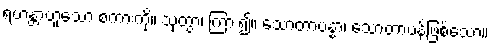
ရဟန္တာဟူသော စကားကို။ သုတွာ၊ ကြား၍။ သောတာပန္နာ၊ သောတာပန်ဖြစ်သော။